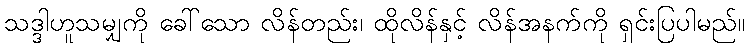
သဒ္ဒါဟူသမျှကို ခေါ်သော လိန်တည်း၊ ထိုလိန်နှင့် လိန်အနက်ကို ရှင်းပြပါမည်။